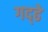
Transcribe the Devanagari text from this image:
गद्ढे